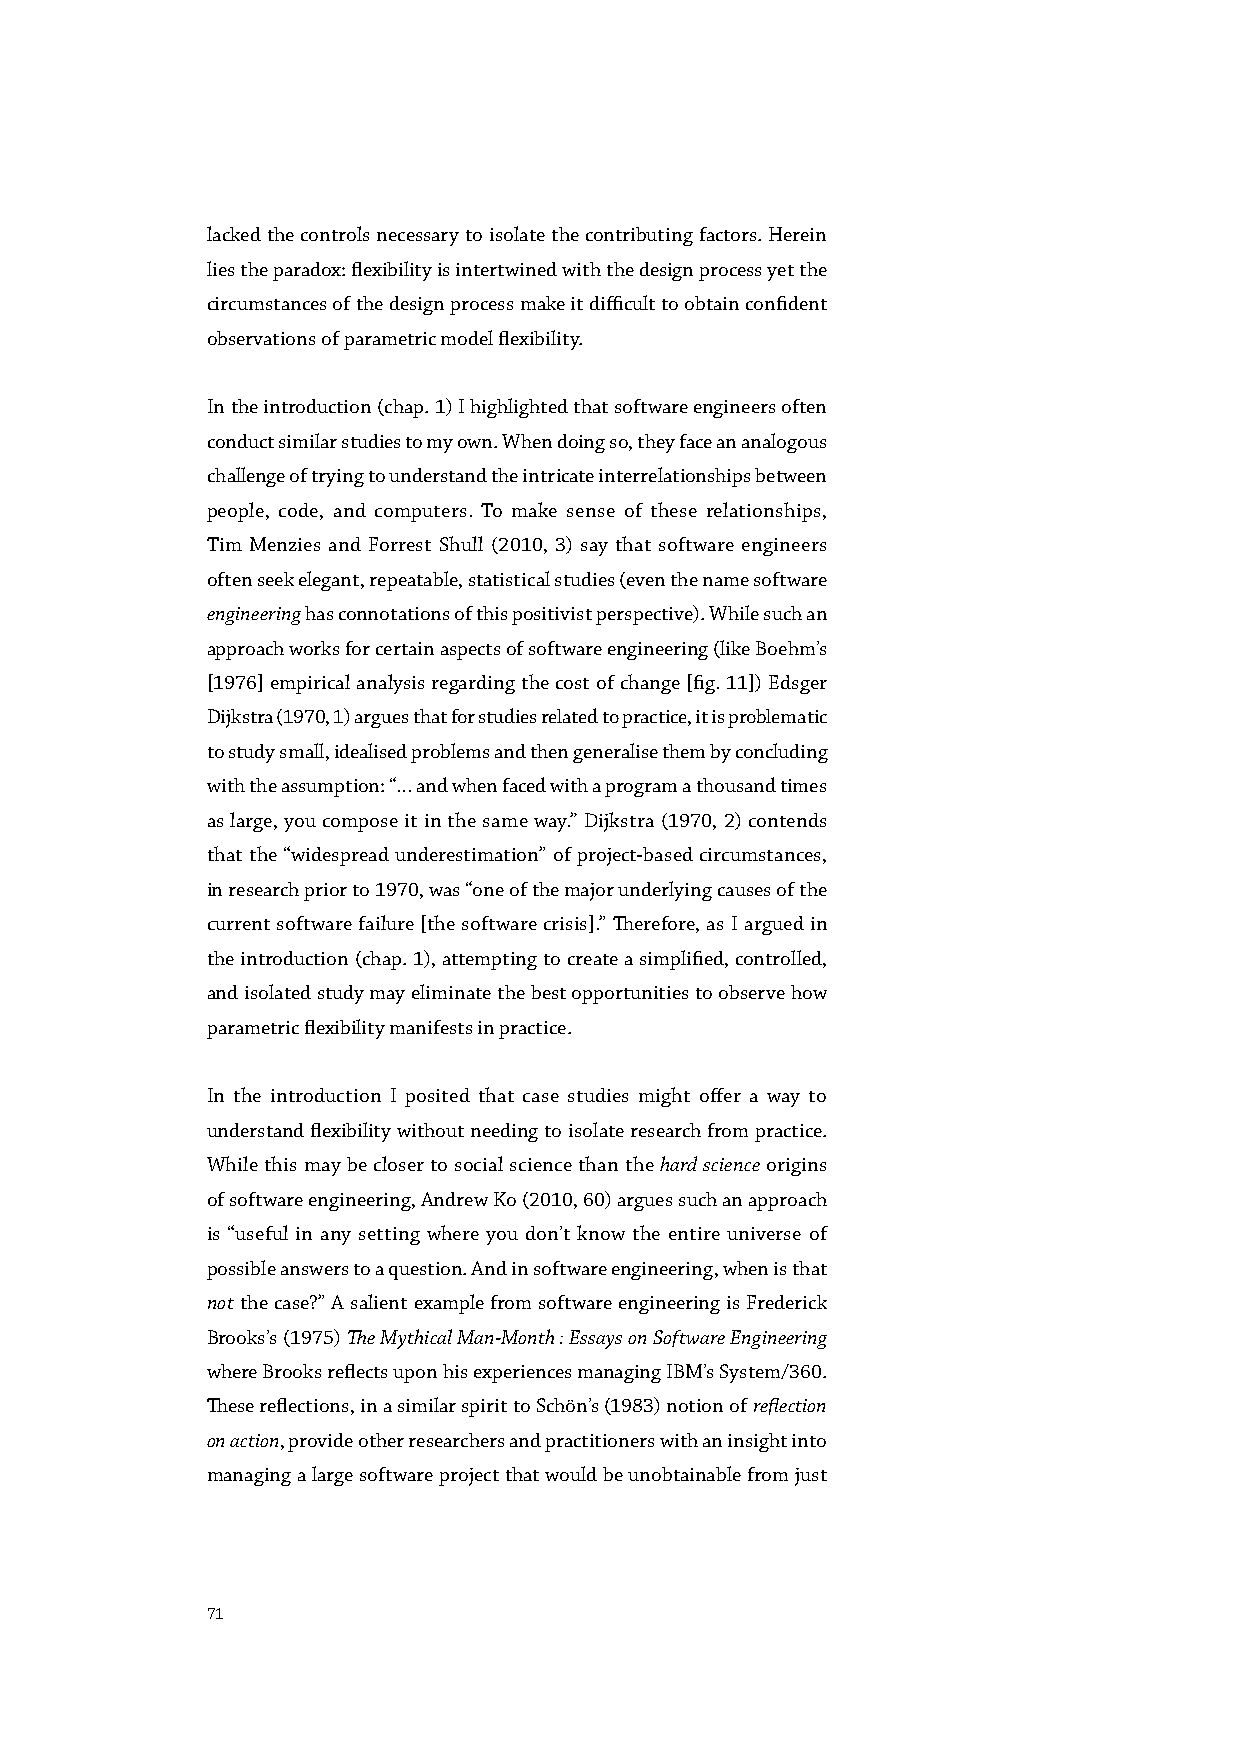
lacked the controls necessary to isolate the contributing factors. Herein
 lies the paradox: flexibility is intertwined with the design process yet the
 circumstances of the design process make it difficult to obtain confident
 observations of parametric model flexibility.
 In the introduction (chap. 1) I highlighted that software engineers often
 conduct similar studies to my own. When doing so, they face an analogous
 challenge of trying to understand the intricate interrelationships between
 people, code, and computers. To make sense of these relationships,
 Tim Menzies and Forrest Shull (2010, 3) say that software engineers
 often seek elegant, repeatable, statistical studies (even the name software
 engineering has connotations of this positivist perspective). While such an
 approach works for certain aspects of software engineering (like Boehm’s
 [1976] empirical analysis regarding the cost of change [fig. 11]) Edsger
 Dijkstra (1970, 1) argues that for studies related to practice, it is problematic
 to study small, idealised problems and then generalise them by concluding
 with the assumption: “… and when faced with a program a thousand times
 as large, you compose it in the same way.” Dijkstra (1970, 2) contends
 that the “widespread underestimation” of project-based circumstances,
 in research prior to 1970, was “one of the major underlying causes of the
 current software failure [the software crisis].” Therefore, as I argued in
 the introduction (chap. 1), attempting to create a simplified, controlled,
 and isolated study may eliminate the best opportunities to observe how
 parametric flexibility manifests in practice.
 In the introduction I posited that case studies might offer a way to
 understand flexibility without needing to isolate research from practice.
 While this may be closer to social science than the hard science origins
 of software engineering, Andrew Ko (2010, 60) argues such an approach
 is “useful in any setting where you don’t know the entire universe of
 possible answers to a question. And in software engineering, when is that
 not the case?” A salient example from software engineering is Frederick
 Brooks’s (1975) The Mythical Man-Month : Essays on Software Engineering
 where Brooks reflects upon his experiences managing IBM’s System/360.
 These reflections, in a similar spirit to Schön’s (1983) notion of reflection
 on action, provide other researchers and practitioners with an insight into
 managing a large software project that would be unobtainable from just
 71